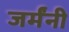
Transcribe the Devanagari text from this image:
जर्मंनी